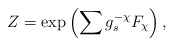
\begin{align*}Z=\mathrm{exp} \left(\sum g_s^{-\chi}{F}_{\chi} \right),\end{align*}